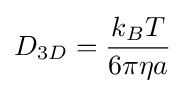
D_{3D}={\frac {k_{B}T}{6\pi \eta a}}